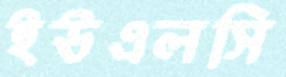
ইউএলসি